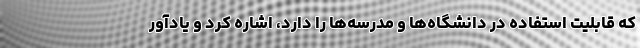
که قابلیت استفاده در دانشگاه‌ها و مدرسه‌ها را دارد، اشاره کرد و یادآور